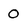
Character: 0